Tartu_linna_vaeslastekohus, lk 10
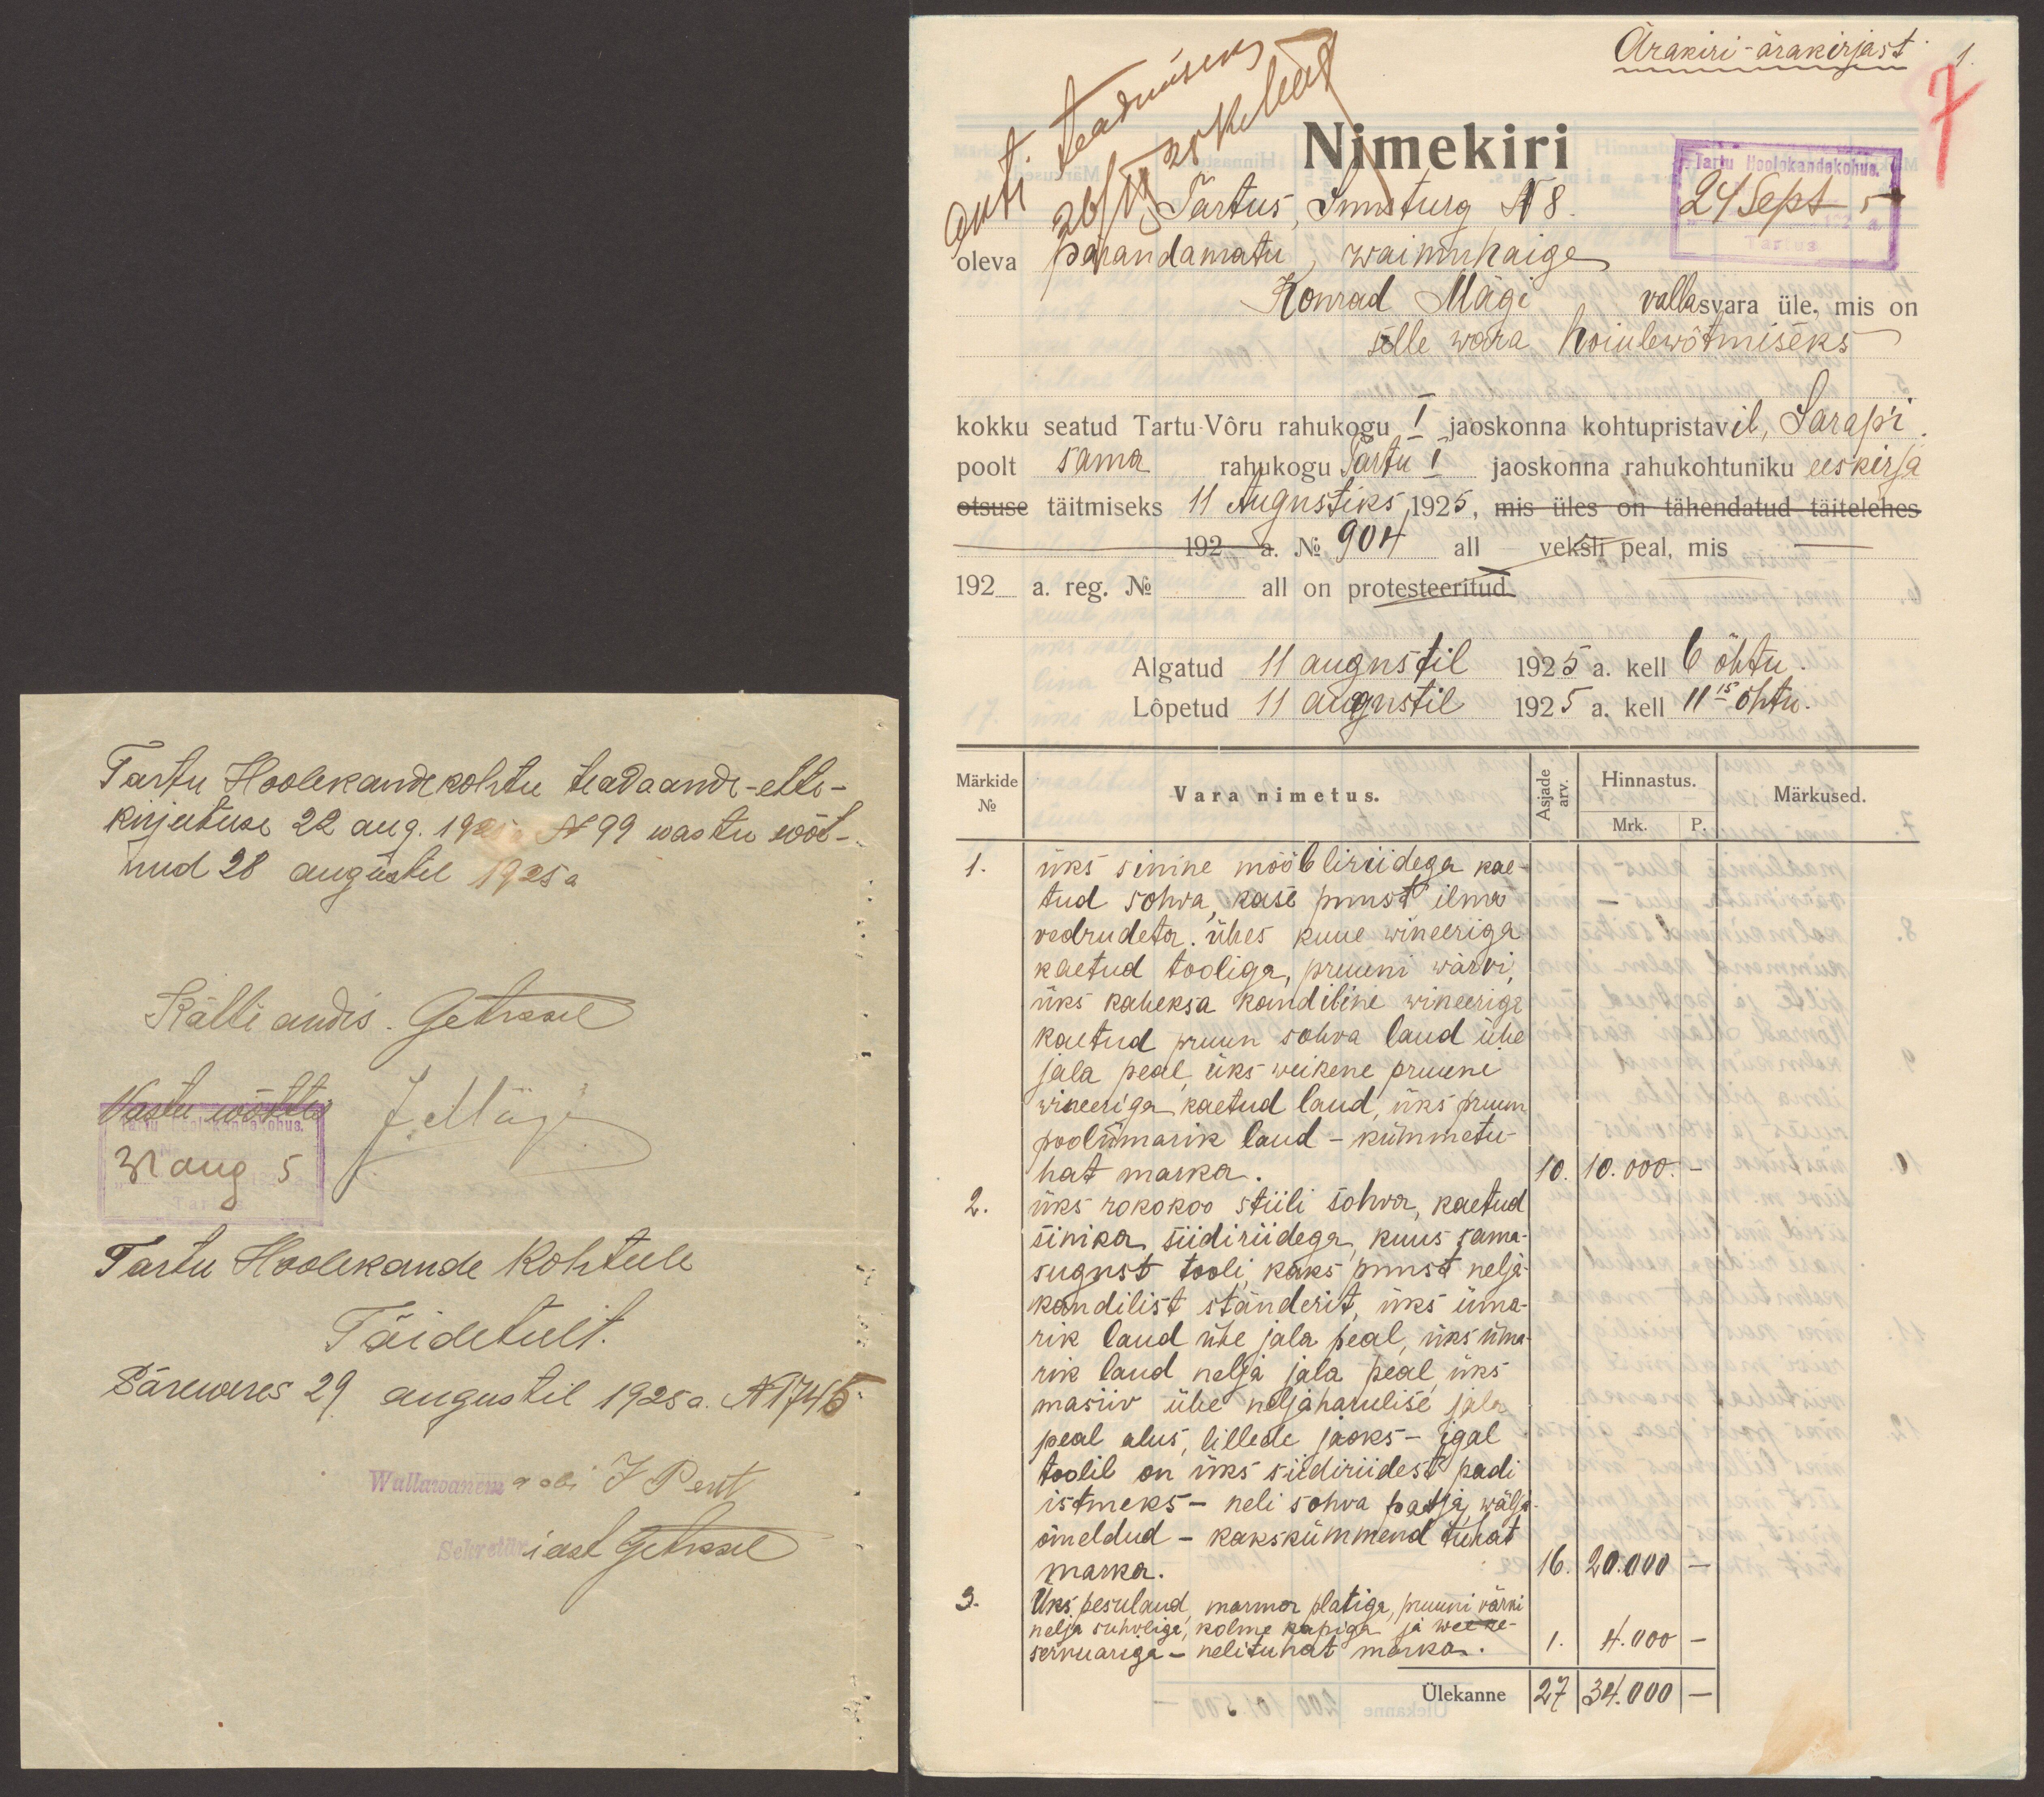
Tartu Hoolekandekohtu teadaande-ette-
kirjutuse 22 aug. 1925 N99 wastu wõt-
nud 28 augustil 1925 a
Kätte andis. Getraal
Vastu wõttis JMägi
31aug 1925a
Tartu Hoolekande Kohtule
Täidetult.
Säreweres 29. augustil 1925 a. N1745.
Wallawanema abi JPent
Sekretäri eest GeTraal

Ärakiri-ärakirjast
1.
Anti teadmiseks
26/IX25 KMägi
Nimekiri
Tartus, Suurturg N8.
Tartu Hoolekandekohus.
24 Sept 1925 a.
oleva parandamatu waimuhaige
Konrad Mägi vallasvara üle, mis on
selle wara hoiulewõtmiseks
kokku seatud Tartu-Võru rahukogu I jaoskonna kohtupristavil, Sarap´i
poolt sama rahukogu Tartu I jaoskonna rahukohtuniku eeskirja
otsuse täitmiseks 11 Augustiks 1925, mis üles on tähendatud täitelehes
192 a. No 904 all veksli peal, mis
192 a. reg. No all on protesteeritud
Algatud 11 augustil 1925 a. kell 6 õhtu.
Lõpetud 11 augustil 1925 a. kell 11 15 õhtu.
Märkide
No
Vara nimetus.
Asjade
arv.
Hinnastus.
Mrk. P.
Märkused.
1. üks sinine mööbliriidega kae-
tud sohva, kase puust ilma
vedrudeta. ühes kuue wineeriga
kaetud tooliga, pruuni wärvi,
üks kaheksa kandiline wineeriga
kaetud pruun sohva laud ühe
jala peal, üks weikene pruuni
wineeriga kaetud laud, üks pruun
poolümarik laud - kümmetu-
hat marka.
10. 10.000. -
2. üks rokokoo stiili sohva, kaetud
sinika siidiriidega, kuus sama-
sugust tooli, kaks puust nelja-
kandilist ständerit, üks üma-
rik laud ühe jala peal, üks üma-
rik laud nelja jala peal, üks
masiiv ühe neljaharulise jala
peal alus, lillede jaoks - igal
toolil on üks siidiriidest padi
istmeks - neli sohva patja, wälja-
õmeldud - kakskümmend tuhat
marka.
16. 20.000 -
3. Üks pesulaud, marmor platiga, pruuni värvi
nelja suhvliga, kolme kapiga ja wee re-
servuariga - nelituhat marka.
1. 4.000 -
Ülekanne 27 34.000 -